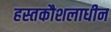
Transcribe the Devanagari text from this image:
हस्तकौशलाधीन